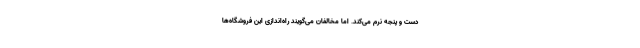
دست و پنجه نرم می‌کند. اما مخالفان می‌گویند راه‌اندازی این فروشگاه‌ها